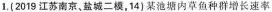
1.(2019江苏南京、盐城二模，14)某池塘内草鱼种群增长速率